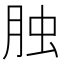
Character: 𦚭